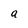
Character: a